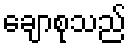
ချောစုသည်